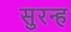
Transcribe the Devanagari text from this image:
सुरन्ह